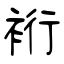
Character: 裄